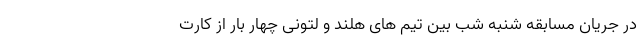
در جریان مسابقه شنبه شب بین تیم های هلند و لتونی چهار بار از کارت